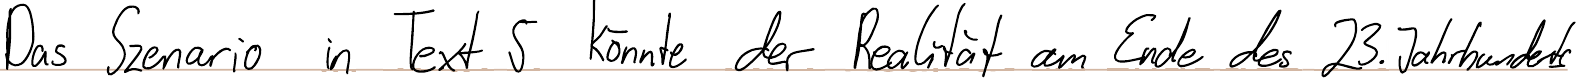
Das Szenario in Text 5 könnte der Realität am Ende des 23. Jahrhunderts